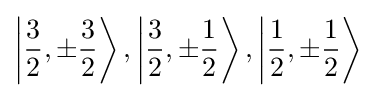
\left|{\frac {3}{2}},\pm {\frac {3}{2}}\right\rangle ,\left|{\frac {3}{2}},\pm {\frac {1}{2}}\right\rangle ,\left|{\frac {1}{2}},\pm {\frac {1}{2}}\right\rangle